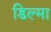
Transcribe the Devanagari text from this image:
डिल्मा